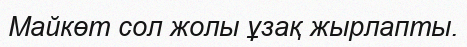
Майкөт сол жолы ұзақ жырлапты.